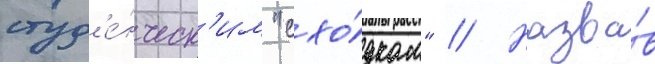
студ'е́нческ'им "схо́дкам" // Назва́в